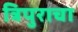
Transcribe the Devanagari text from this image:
त्रिपुराचा